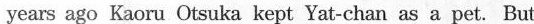
years ago Kaoru Otsuka kept Yat-chan as a pet. But